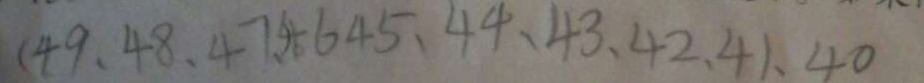
( 4 9 , 4 8 , 4 7 , ) 4 6 4 5 , 4 4 , 4 3 , 4 2 , 4 1 , 4 0